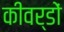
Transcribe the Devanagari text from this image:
कीवर्डों